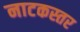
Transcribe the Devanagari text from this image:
नाटकस्तर